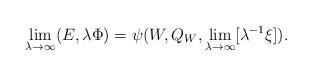
LaTeX: \begin{align*}\lim_{\lambda\to\infty} (E,\lambda\Phi) = \psi(W,Q_W,\lim_{\lambda\to\infty}[\lambda^{-1}\xi]).\end{align*}